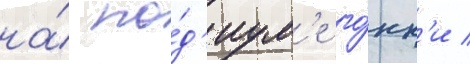
на́ по́д'иум'е го́нк'и /